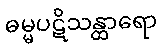
ဓမ္မပဋိသန္ထာရော